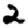
Digit: 2